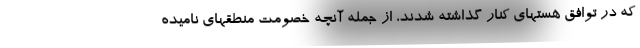
که در توافق هستهای کنار گذاشته شدند، از جمله آنچه خصومت منطقهای نامیده